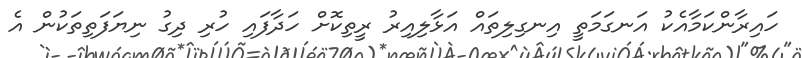
ހައިރާންކަމާއެކު އަނގަމަތީ އިނގިލިތައް އަޅާލިއިރު ރީތިކޮށް ހަދާފައި ހުރި ދިގު ނިޔަފަތިތަކުން އެ